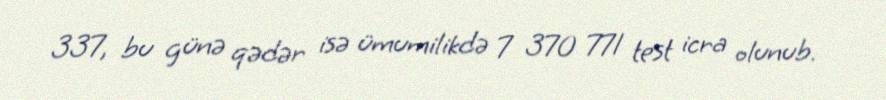
337, bu günə qədər isə ümumilikdə 7 370 771 test icra olunub.